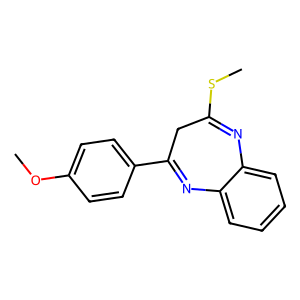
SMILES: COc1ccc(C2=Nc3ccccc3N=C(SC)C2)cc1
Inhibits HIV replication: No